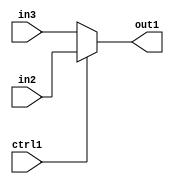
`timescale 1ps / 1ps
/*****************************************************************************
    Verilog RTL Description
    
    
    Created by: Stratus DpOpt 2019.1.01 
*******************************************************************************/

module cache_N_MuxB_320_2_6_4 (
	in3,
	in2,
	ctrl1,
	out1
	); /* architecture "behavioural" */ 
input [319:0] in3,
	in2;
input  ctrl1;
output [319:0] out1;
wire [319:0] asc001;

reg [319:0] asc001_tmp_0;
assign asc001 = asc001_tmp_0;
always @ (ctrl1 or in2 or in3) begin
	case (ctrl1)
		1'B1 : asc001_tmp_0 = in2 ;
		default : asc001_tmp_0 = in3 ;
	endcase
end

assign out1 = asc001;
endmodule

/* CADENCE  uLLwSwE= : u9/ySgnWtBlWxVPRXgAZ4Og= ** DO NOT EDIT THIS LINE ******/